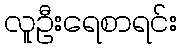
လူဦးရေစာရင်း